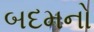
બદમનો